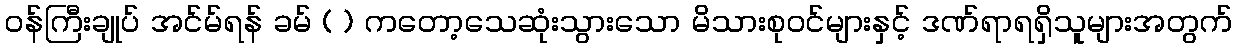
ဝန်ကြီးချုပ် အင်မ်ရန် ခမ် ( ) ကတော့သေဆုံးသွားသော မိသားစုဝင်များနှင့် ဒဏ်ရာရရှိသူများအတွက်